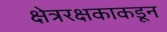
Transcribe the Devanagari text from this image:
क्षेत्ररक्षकाकडून